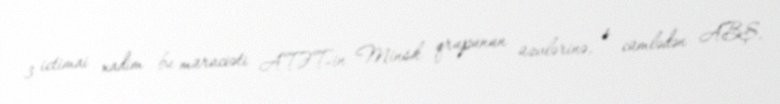
3 ictimai xadim bu müraciəti ATƏT-in Minsk qrupunun üzvlərinə, o cümlədən ABŞ,